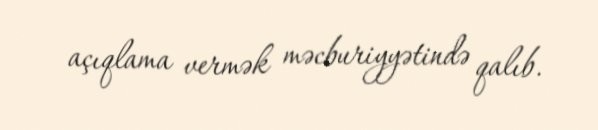
açıqlama vermək məcburiyyətində qalıb.